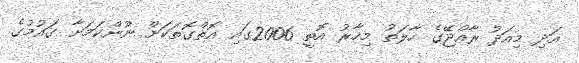
އަދި މިއަދު ރާއްޖޭޭގެ ހާލަތު މިހާރު އޮތީ 2006ގައި އޮތްގޮތަކަށް ނޫންކަމަށާ ގައުމުގެ